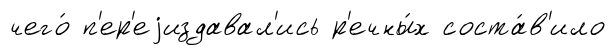
чего́ п'ер'еjиздавал'ись р'ечны́х соста́в'ило